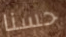
حسنا